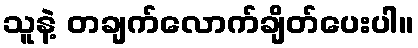
သူနဲ့ တချက်လောက်ချိတ်ပေးပါ။